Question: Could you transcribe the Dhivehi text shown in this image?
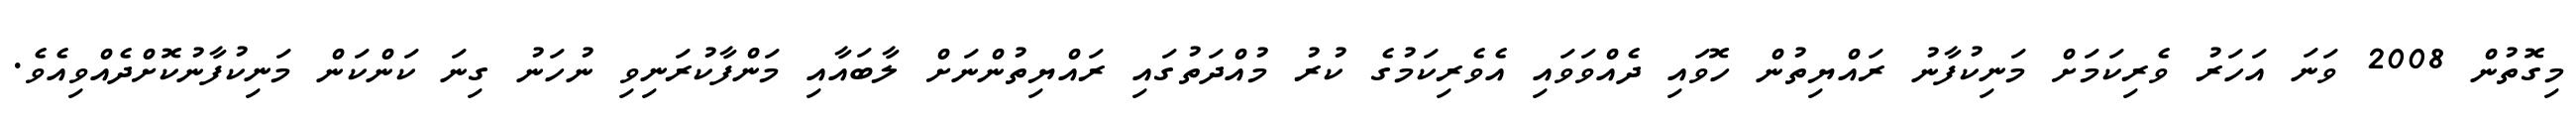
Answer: މިގޮތުން 2008 ވަނަ އަހަރު ވެރިކަމަށް މަނިކުފާނު ރައްޔިތުން ހޮވައި ދެއްވަވައި އެވެރިކަމުގެ ކުރު މުއްދަތުގައި ރައްޔިތުންނަށް ލާބައާއި މަންފާކުރަނިވި ނުހަނު ގިނަ ކަންކަން މަނިކުފާނުކޮށްދެއްވިއެވެ.